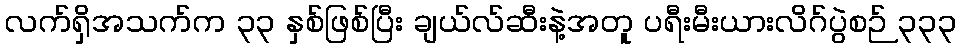
လက်ရှိအသက်က ၃၃ နှစ်ဖြစ်ပြီး ချယ်လ်ဆီးနဲ့အတူ ပရီးမီးယားလိဂ်ပွဲစဉ် ၃၃၃